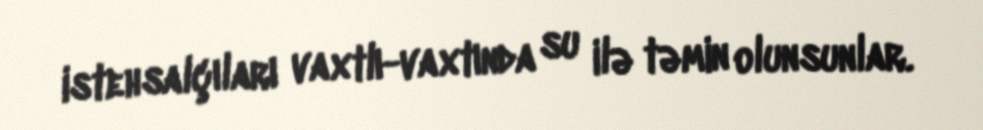
istehsalçıları vaxtlı-vaxtında su ilə təmin olunsunlar.